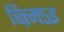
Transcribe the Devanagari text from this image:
व्क़्मि५इ